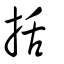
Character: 括